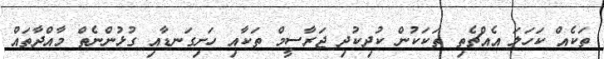
ތަކެއް ކަހަލަ އެއްޗެތި ތަކަކުން ކުދިކުދި ޖަރާސީމް ތަކާއި ހަށިގަނޑާއި ގުޅުންނެތް މާއްދާތައް